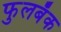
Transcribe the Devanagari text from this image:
फुलबॅक